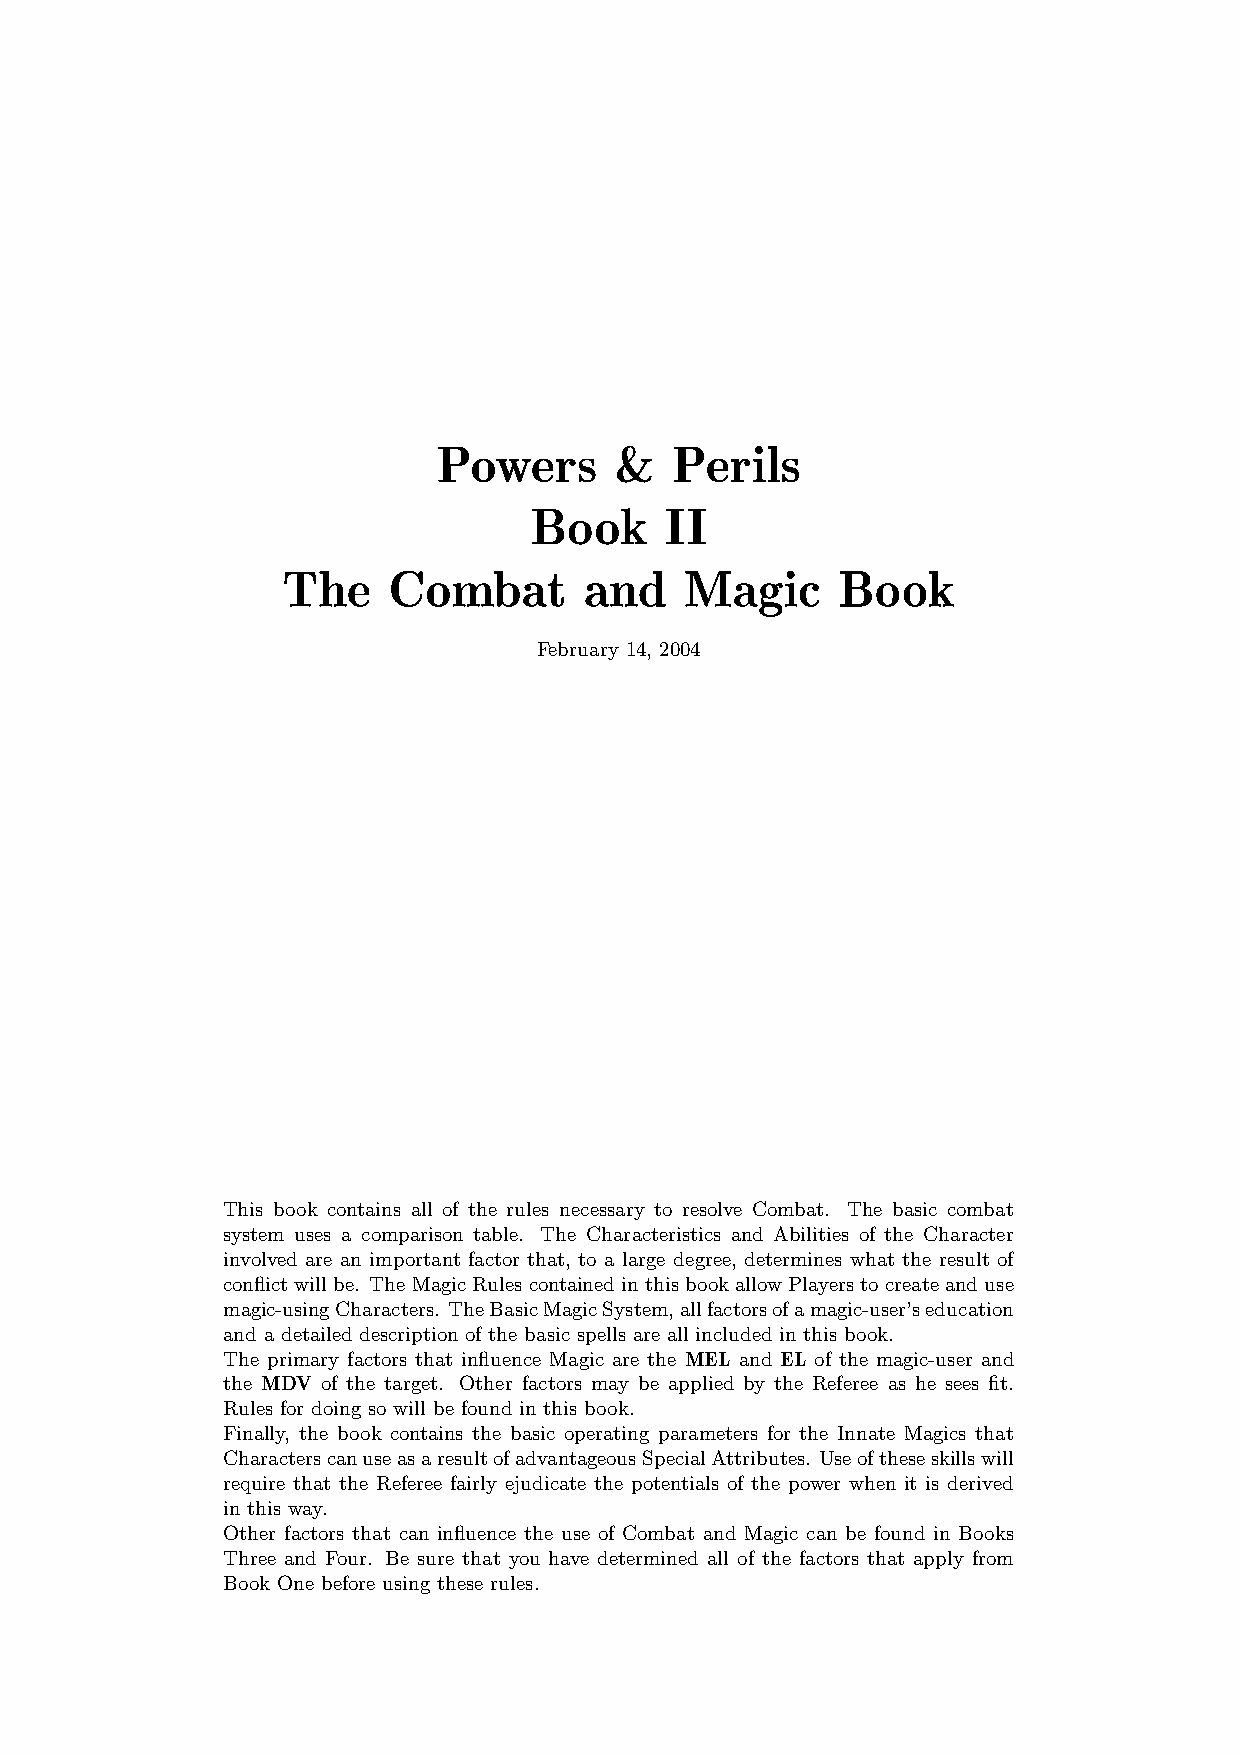
Powers      &  Perils
 Book     II
 The    Combat       and   Magic     Book
 February 14, 2004
 This book contains all of the rules necessary to resolve Combat. The basic combat
 system uses a comparison table. The Characteristics and Abilities of the Character
 involved are an important factor that, to a large degree, determines what the result of
 conflictwillbe. TheMagicRulescontainedinthisbookallowPlayerstocreateanduse
 magic-usingCharacters. TheBasicMagicSystem,allfactorsofamagic-user’seducation
 and a detailed description of the basic spells are all included in this book.
 The primary factors that influence Magic are the MEL and EL of the magic-user and
 the MDV of the target. Other factors may be applied by the Referee as he sees fit.
 Rules for doing so will be found in this book.
 Finally, the book contains the basic operating parameters for the Innate Magics that
 CharacterscanuseasaresultofadvantageousSpecialAttributes. Useoftheseskillswill
 require that the Referee fairly ejudicate the potentials of the power when it is derived
 in this way.
 Other factors that can influence the use of Combat and Magic can be found in Books
 Three and Four. Be sure that you have determined all of the factors that apply from
 Book One before using these rules.